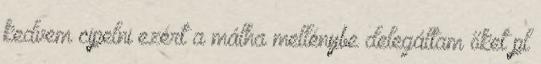
kedvem cipelni ezért a málha mellénybe delegáltam őket pl